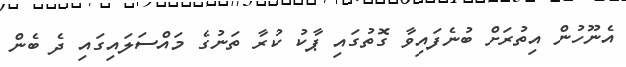
އެނޫހުން އިތުރަށް ބުނެފައިވާ ގޮތުގައި ޕާކު ކުރާ ތަނުގެ މައްސަލައިގައި ދެ ބެން